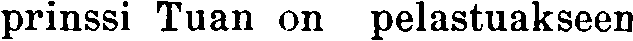
prinssi Tuan on pelastuakseen